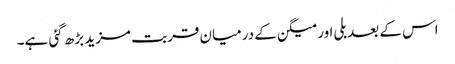
اس کے بعد بلی اور میگن کے درمیان قربت مزید بڑھ گئی ہے۔